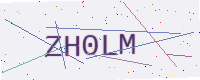
Text: ZH0LM